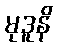
မုဒူနိ